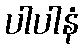
ပါပါနံ